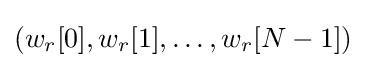
\left(w_{r}[0],w_{r}[1],\ldots ,w_{r}[N-1]\right)